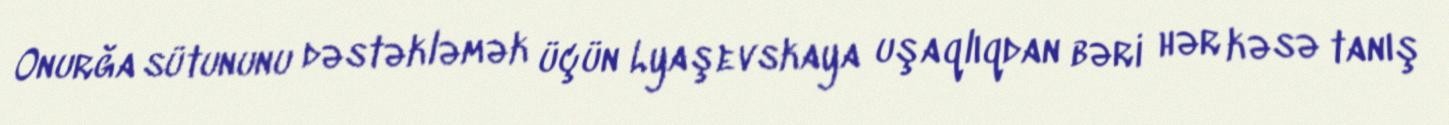
Onurğa sütununu dəstəkləmək üçün Lyaşevskaya uşaqlıqdan bəri hər kəsə tanış